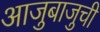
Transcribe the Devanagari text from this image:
आजुबाजुची